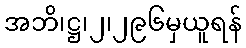
အဘိ၊ဋ္ဌ၊၂၊၂၉၆မှယူရန်